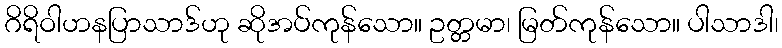
ဂိရိဝါဟနပြာသာဒ်ဟု ဆိုအပ်ကုန်သော။ ဥတ္တမာ၊ မြတ်ကုန်သော။ ပါသာဒါ၊